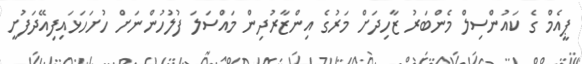
ޕީއެމް ގެ ކައުންސިލް މެންބަރު ޒާހިދަށް މަރުގެ އިންޒާރުދިން މައްސަލަ ފުލުހުންނަށް ހުށަހަޅައިފިއޭދަފުށީ